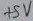
Text: +5V